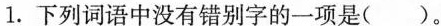
1.下列词语中没有错别字的一项是( )。